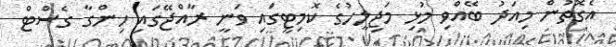
އެގޮތުން މިއަދު ބޭއްވި މުޅި މަޖިލީހުގެ ކޮމިޓީގައި ވަނީ ރާއްޖޭގައި ހިންގާ ގެސްޓް